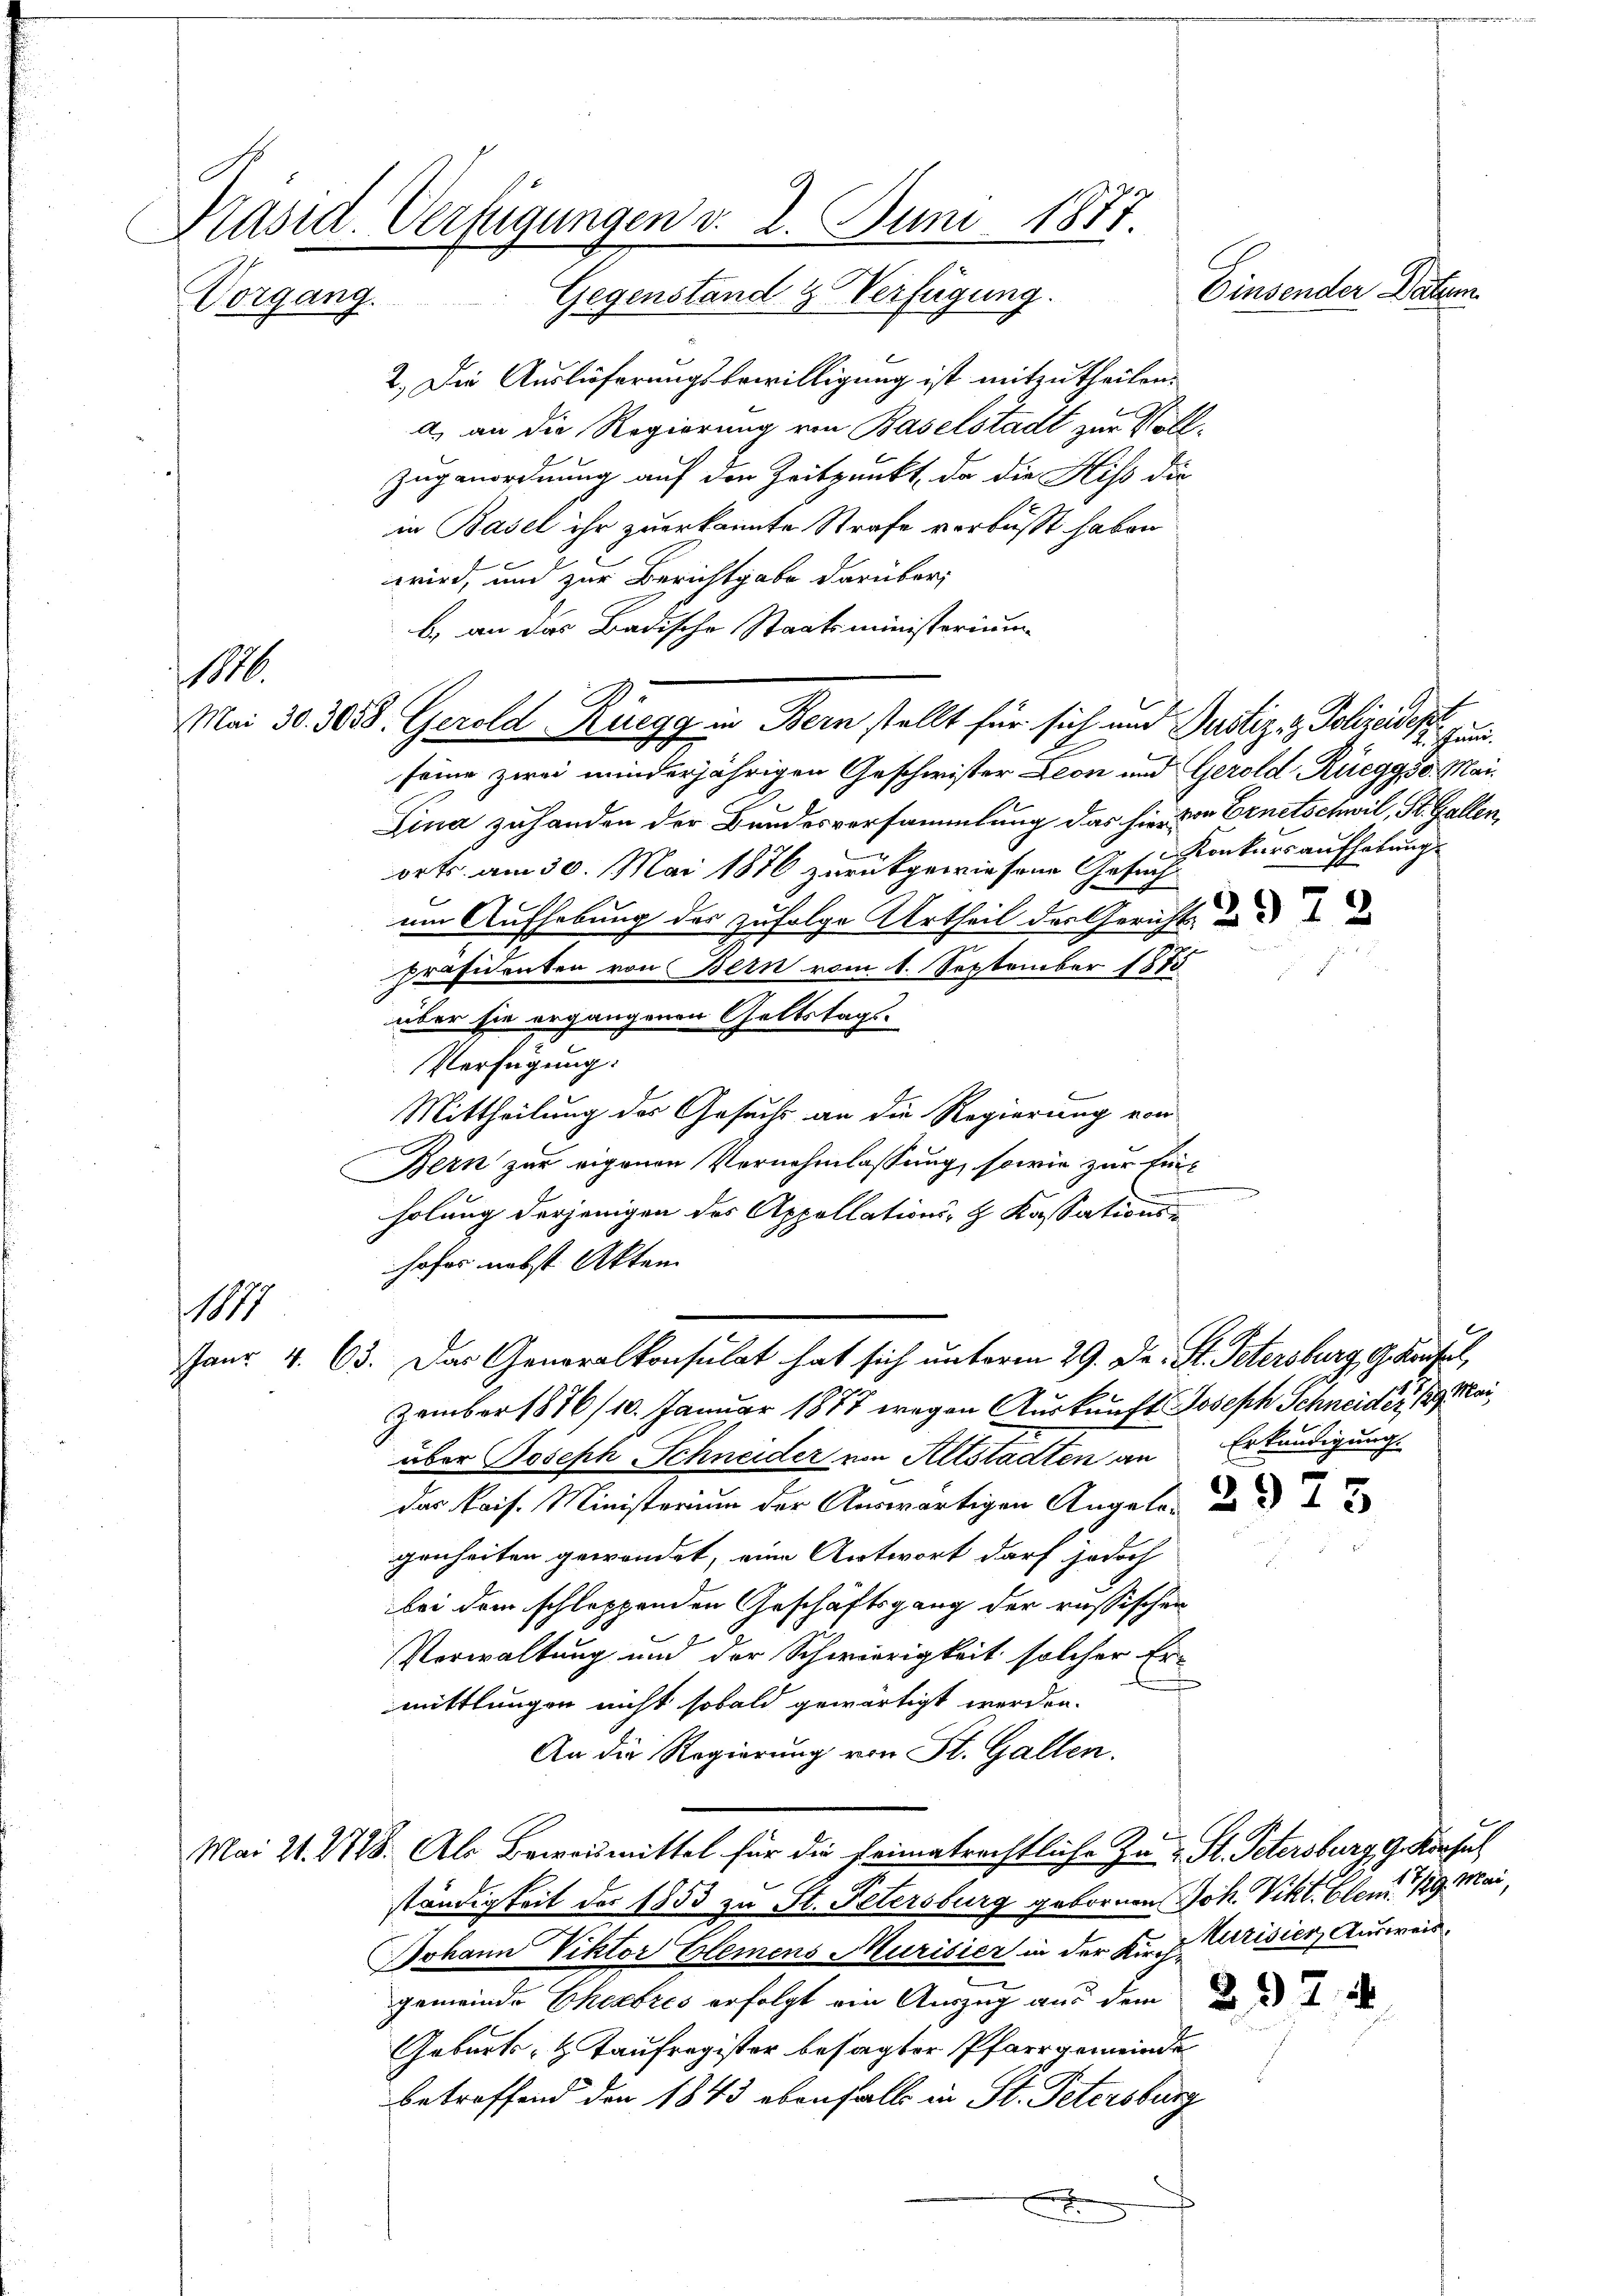
Präsid. Verfügungen v. 2. Juni 1877.
Einsender Datum
Gegenstand & Verfügung.
Vorgang.

2.) Die Auslieferungsbewilligung ist mitzutheilen.
a) an die Regierung von Baselstadt zur Voll¬
Zuganordnung auf den Zeitpunkt, da die Hiss die
in Basel ihr zuerkannte Strafe verbüßt haben
wird, und zur Berichtgabe darüber,
b. an das Badische Staatsministerium
seine zwei minderjährigen Geschwister Leon und Gerold Rüeggso. Mai¬
Lina zuhanden der Bundesversammlung das hier den Ernetschwil, St. Gallen,
orts am 30. Mai 1876 zurückgewiesene Gesuch
um Aufhebung des zufolge Urtheil des Gericht und
Präsidenten von Bern vom 1. September 1875

über sie ergangenen Geltstags¬
Verfügung:
Mittheilung des Gesuchs an die Regierung von
Bern zur eigenen Vernehmlassung, sowie zur Einholung derjenigen des Appellations- & Kassationshofer nebst Akten
11
Janr. 4. 63. Das Generalkonsulat hat sich unterm 29. Dr. St. Petersburg, G. Krusel,
zember 1876/10. Januar 1877 wegen Auskunft Joseph Schneider 19 Mai
über Joseph Schneider von Altstadten an Erkundigung.
f
das kais. Ministerium der Auswärtigen Angele
genheiten gewendet, eine Antwort darf jedoch
bei dem schleppenden Geschäftsgang der russischen
Verwaltung und der Schwierigkeit solcher Er-
mittlungen nicht sobald gewärtigt werden.
An die Regierung von St. Gallen.
Mai 21. 1778. Als Beweismittel für die heimatrechtliche zu St. Petersburg g. Kirchel
ständigkeit des 1853 zu St. Petersburg gebornen Joh. Vikt. Bleu, 129. Mai,
Johann Viktor Elemens Murisier in der Kir. H. Krisier, Ausweis
gemeinde Eheabres erfolgt ein Auszug aus dem an d
Geburts- & Taufregister besagter Pfarrgemeinde
betreffend den 1843 ebenfalls in St. Petersburg
x

M.

Mai 30. 3058. Gerold Rüegg in Bern stellt für sich und Justiz- & Polizeidept¬

shei
Konkurs aufhebung.